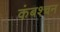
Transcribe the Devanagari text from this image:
कंबश्चन